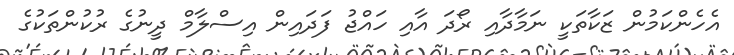
އެހެންކަމުން ޒަކާތަކީ ނަމާދާއި ރޯދަ އާއި ހައްޖު ފަދައިން އިސްލާމް ދީނުގެ ރުކުންތަކުގެ